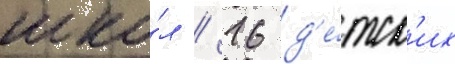
шко́л / 16 д'е́тск'их